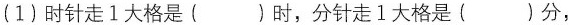
(1) 时针走1大格是( )时，分针走1大格是( )分,